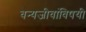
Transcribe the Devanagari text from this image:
वन्यजीवांविषयी